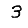
Digit: 3